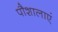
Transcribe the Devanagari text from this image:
पौशालाएं